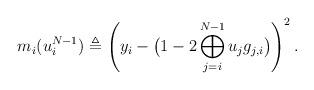
LaTeX: \begin{align*} m_i(u_i^{N-1}) \triangleq \left(y_i-\big(1-2\bigoplus_{j=i}^{N-1}u_j g_{j,i}\big) \right)^2.\end{align*}